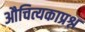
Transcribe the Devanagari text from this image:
औचित्यकाप्रश्न